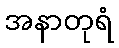
အနာတုရံ